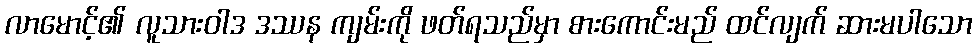
လာမောင့်၏ လူသားဝါဒ ဒဿန ကျမ်းကို ဖတ်ရသည်မှာ စားကောင်းမည် ထင်လျက် ဆားမပါသော